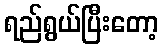
ရည်ရွယ်ပြီးတော့